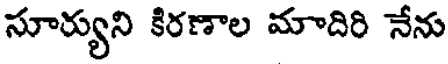
సూర్యుని కిరణాల మాదిరి నేను